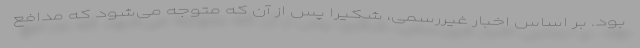
بود. بر اساس اخبار غیررسمی، شکیرا پس از آن که متوجه می‌شود که مدافع